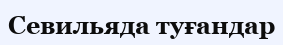
Севильяда туғандар